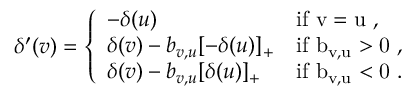
\begin{array} { r } { \delta ^ { \prime } ( v ) = \left\{ \begin{array} { l l } { - \delta ( u ) } & { \mathrm { i f ~ v = u ~ , } } \\ { \delta ( v ) - b _ { v , u } [ - \delta ( u ) ] _ { + } } & { \mathrm { i f ~ b _ { v , u } > 0 ~ , } } \\ { \delta ( v ) - b _ { v , u } [ \delta ( u ) ] _ { + } } & { \mathrm { i f ~ b _ { v , u } < 0 ~ . } } \end{array} \right. } \end{array}